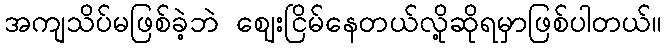
အကျသိပ်မဖြစ်ခဲ့ဘဲ ဈေးငြိမ်နေတယ်လို့ဆိုရမှာဖြစ်ပါတယ်။